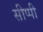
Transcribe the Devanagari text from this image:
सीप्पी